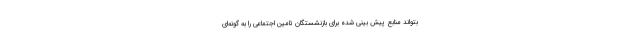
بتواند منابع پیش بینی شده برای بازنشستگان تامین اجتماعی را به گونه‌ای